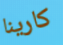
كارينا